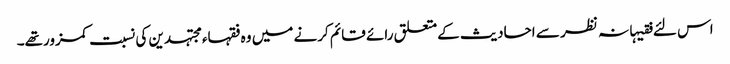
اس لئے فقیہانہ نظر سے احادیث کےمتعلق رائے قائم کرنے میں وہ فقہاء مجتہدین کی نسبت کمزورتھے۔